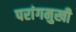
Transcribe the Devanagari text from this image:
परांगमुखी